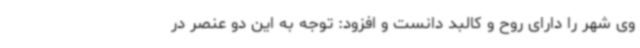
وی شهر را دارای روح و کالبد دانست و افزود: توجه به این دو عنصر در